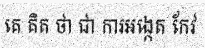
គេ គិត ថា ជា ការអង្កេត កែវ